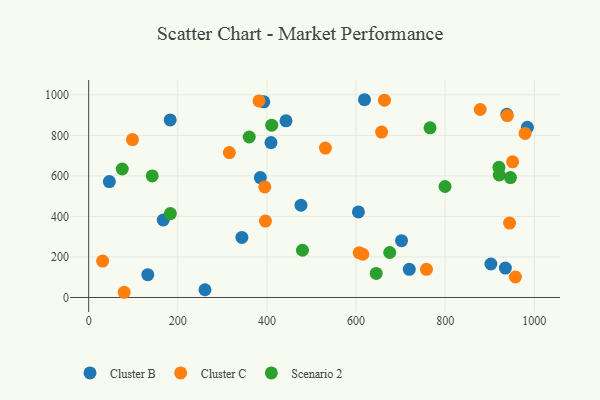
{"axis": {"x": "Experience", "y": "Profit"}, "legend": ["Cluster B", "Cluster C", "Scenario 2"], "data": [{"x": "392.9", "y": 965.2, "type": "Cluster B"}, {"x": "343.8", "y": 296.2, "type": "Cluster B"}, {"x": "261.0", "y": 38.2, "type": "Cluster B"}, {"x": "702.0", "y": 280.4, "type": "Cluster B"}, {"x": "409.1", "y": 764.2, "type": "Cluster B"}, {"x": "182.9", "y": 875.9, "type": "Cluster B"}, {"x": "476.4", "y": 455.0, "type": "Cluster B"}, {"x": "902.5", "y": 165.1, "type": "Cluster B"}, {"x": "385.2", "y": 591.6, "type": "Cluster B"}, {"x": "46.4", "y": 571.8, "type": "Cluster B"}, {"x": "605.3", "y": 422.0, "type": "Cluster B"}, {"x": "132.6", "y": 112.5, "type": "Cluster B"}, {"x": "984.4", "y": 839.4, "type": "Cluster B"}, {"x": "618.9", "y": 975.8, "type": "Cluster B"}, {"x": "442.7", "y": 871.5, "type": "Cluster B"}, {"x": "935.0", "y": 145.0, "type": "Cluster B"}, {"x": "938.3", "y": 903.7, "type": "Cluster B"}, {"x": "167.3", "y": 382.4, "type": "Cluster B"}, {"x": "719.4", "y": 139.0, "type": "Cluster B"}, {"x": "657.3", "y": 816.1, "type": "Cluster C"}, {"x": "951.3", "y": 669.3, "type": "Cluster C"}, {"x": "315.7", "y": 714.8, "type": "Cluster C"}, {"x": "79.6", "y": 25.7, "type": "Cluster C"}, {"x": "758.0", "y": 139.0, "type": "Cluster C"}, {"x": "878.6", "y": 927.5, "type": "Cluster C"}, {"x": "944.5", "y": 367.3, "type": "Cluster C"}, {"x": "979.3", "y": 809.6, "type": "Cluster C"}, {"x": "531.2", "y": 737.4, "type": "Cluster C"}, {"x": "98.3", "y": 779.1, "type": "Cluster C"}, {"x": "396.6", "y": 376.8, "type": "Cluster C"}, {"x": "382.2", "y": 969.7, "type": "Cluster C"}, {"x": "957.5", "y": 101.1, "type": "Cluster C"}, {"x": "663.7", "y": 973.8, "type": "Cluster C"}, {"x": "607.1", "y": 220.9, "type": "Cluster C"}, {"x": "31.3", "y": 179.7, "type": "Cluster C"}, {"x": "395.2", "y": 545.7, "type": "Cluster C"}, {"x": "939.3", "y": 897.6, "type": "Cluster C"}, {"x": "615.1", "y": 213.4, "type": "Cluster C"}, {"x": "479.7", "y": 233.1, "type": "Scenario 2"}, {"x": "142.6", "y": 599.6, "type": "Scenario 2"}, {"x": "360.2", "y": 791.9, "type": "Scenario 2"}, {"x": "921.3", "y": 604.3, "type": "Scenario 2"}, {"x": "920.6", "y": 642.1, "type": "Scenario 2"}, {"x": "799.6", "y": 547.6, "type": "Scenario 2"}, {"x": "946.5", "y": 591.5, "type": "Scenario 2"}, {"x": "75.3", "y": 633.9, "type": "Scenario 2"}, {"x": "645.3", "y": 118.8, "type": "Scenario 2"}, {"x": "410.7", "y": 850.2, "type": "Scenario 2"}, {"x": "675.5", "y": 221.9, "type": "Scenario 2"}, {"x": "183.3", "y": 413.9, "type": "Scenario 2"}, {"x": "766.0", "y": 836.9, "type": "Scenario 2"}]}